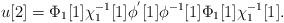
LaTeX: \begin{align*}u[2]=\Phi_{1} [1]\chi_{1}^{-1}[1] \phi^{'}[1] \phi^{-1}[1] \Phi_{1} [1] \chi^{-1}_{1} [1].\end{align*}